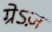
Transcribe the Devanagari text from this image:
ग्रेऽज़